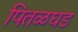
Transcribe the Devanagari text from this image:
पितळघड